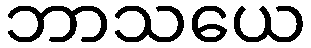
ဘာသယေ